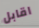
اقابل